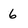
Character: 6